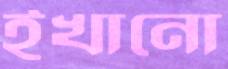
ইখানো